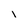
Character: i